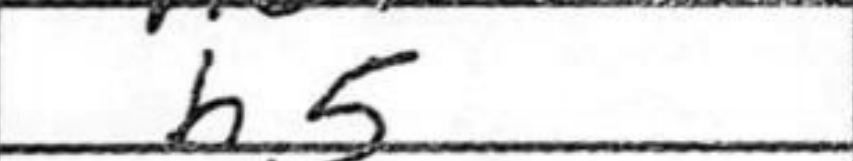
Transcription: b5